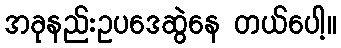
အခုနည်းဥပဒေဆွဲနေ တယ်ပေါ့။